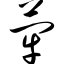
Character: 荦